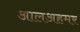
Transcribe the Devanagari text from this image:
आलअहमर